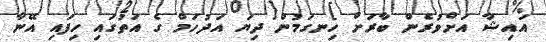
އައިޝާ އަށްވުރެން ބާރަށް ހިނގަމުން ދިޔަ އަދުހަމް ގެ އަތުގައި ހިފައި އޭނާ